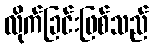
လိုက်ခြင်းဖြစ်သည်